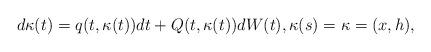
LaTeX: \begin{align*}d\kappa(t)= q(t,\kappa(t))dt+Q(t,\kappa(t))dW(t),\kappa( s)= \kappa=(x,h),\end{align*}